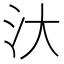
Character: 汏